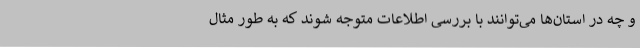
و چه در استان‌ها می‌توانند با بررسی اطلاعات متوجه شوند که به طور مثال